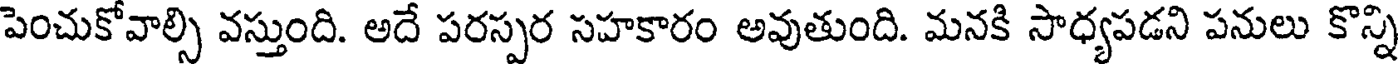
పెంచుకోవాల్సి వస్తుంది. అదే పరస్పర సహకారం అవుతుంది. మనకి సాధ్యపడని పనులు కొన్ని